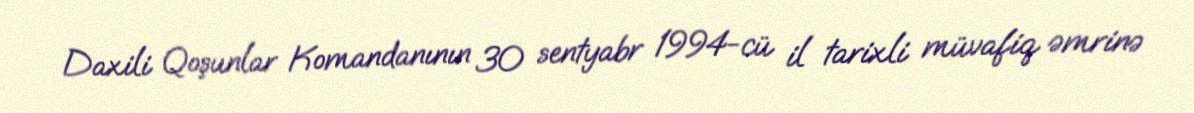
Daxili Qoşunlar Komandanının 30 sentyabr 1994-cü il tarixli müvafiq əmrinə